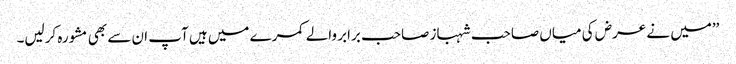
’’میں نے عرض کی میاں صاحب شہباز صاحب برابر والے کمرے میں ہیں آپ ان سے بھی مشورہ کرلیں۔